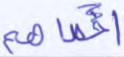
أحصاهم